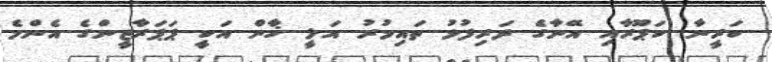
ކަރީނާ ކަޕޫރާއި އޭނާގެ ދަރިފުޅު ތައިމުރު އަލީ ޚާން އަކީ ޕަޕަރާޒީންގެ އެންމެ